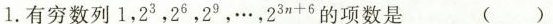
1.有穷数列1，2^{3}，2 ^ {6}，2^{9}，…，$$ 2 ^ { 3 n + 6 }$$的项数是 （ ）